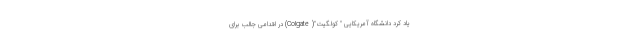
یاد کرد دانشگاه آمریکایی " کولگیت"( Colgate) در اقدامی جالب برای